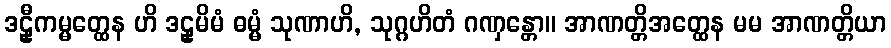
ဒဠှီကမ္မတ္ထေန ဟိ ဒဠှမိမံ ဓမ္မံ သုဏာဟိ, သုဂ္ဂဟိတံ ဂဏှန္တော။ အာဏတ္တိအတ္ထေန မမ အာဏတ္တိယာ